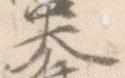
大